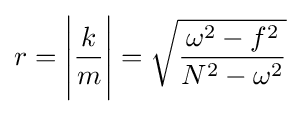
r={\Bigg |}{\frac {k}{m}}{\Bigg |}={\sqrt {\frac {\omega ^{2}-f^{2}}{N^{2}-\omega ^{2}}}}